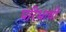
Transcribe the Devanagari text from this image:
परिभाषी